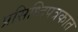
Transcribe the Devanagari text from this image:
प्रसिध्दिपत्रकात